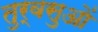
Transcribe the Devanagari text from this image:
तुर्वसुओं